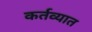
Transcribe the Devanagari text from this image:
कर्तव्यात